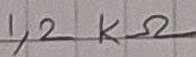
Text: 1,2KΩ